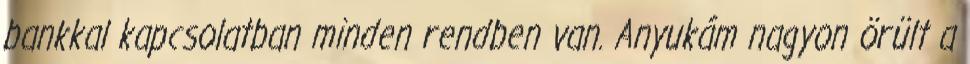
bankkal kapcsolatban minden rendben van. Anyukám nagyon örült a